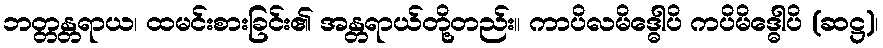
ဘတ္တန္တရာယ၊ ထမင်းစားခြင်း၏ အန္တရာယ်တို့တည်း။ ကာပိလမိဒ္ဓေါပိ ကပိမိဒ္ဓေါပိ (ဆဋ္ဌ)၊